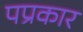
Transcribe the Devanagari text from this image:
पप्रकार